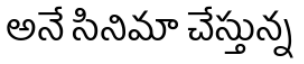
అనే సినిమా చేస్తున్న